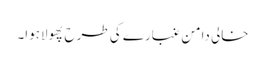
خالی دامن غبارے کی طرح پھولاہوا۔